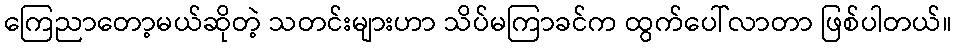
ကြေညာတော့မယ်ဆိုတဲ့ သတင်းများဟာ သိပ်မကြာခင်က ထွက်ပေါ်လာတာ ဖြစ်ပါတယ်။